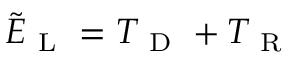
\tilde { E } _ { \mathrm { ~ L ~ } } = { T _ { \mathrm { ~ D ~ } } } + { T _ { \mathrm { ~ R ~ } } }